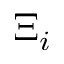
\Xi _ { i }